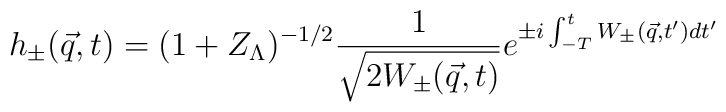
h_{\pm}({\vec q},t) = (1+Z_{\Lambda})^{-1/2} \frac{1}{\sqrt{2 W_{\pm}({\vec q},t)}} e^{\pm i \int_{-T}^{t} W_{\pm}({\vec q},t') dt'}